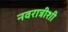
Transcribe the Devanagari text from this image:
नवरात्रीशी